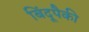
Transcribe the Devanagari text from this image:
बिंदूपैकी